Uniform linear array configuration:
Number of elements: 32
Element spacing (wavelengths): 0.75
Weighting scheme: uniform
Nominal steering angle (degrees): -15
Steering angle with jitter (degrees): -16.731
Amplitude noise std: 0.05
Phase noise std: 0.05

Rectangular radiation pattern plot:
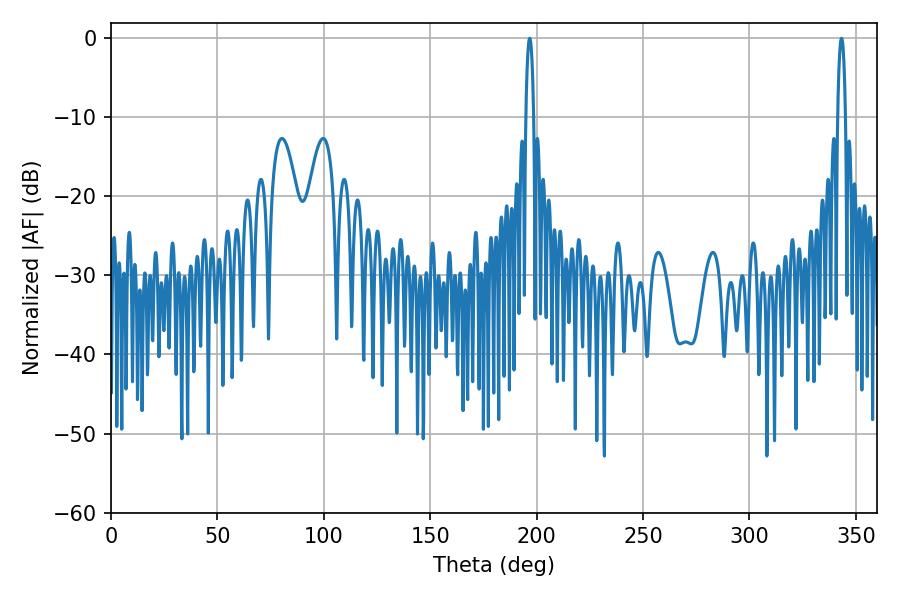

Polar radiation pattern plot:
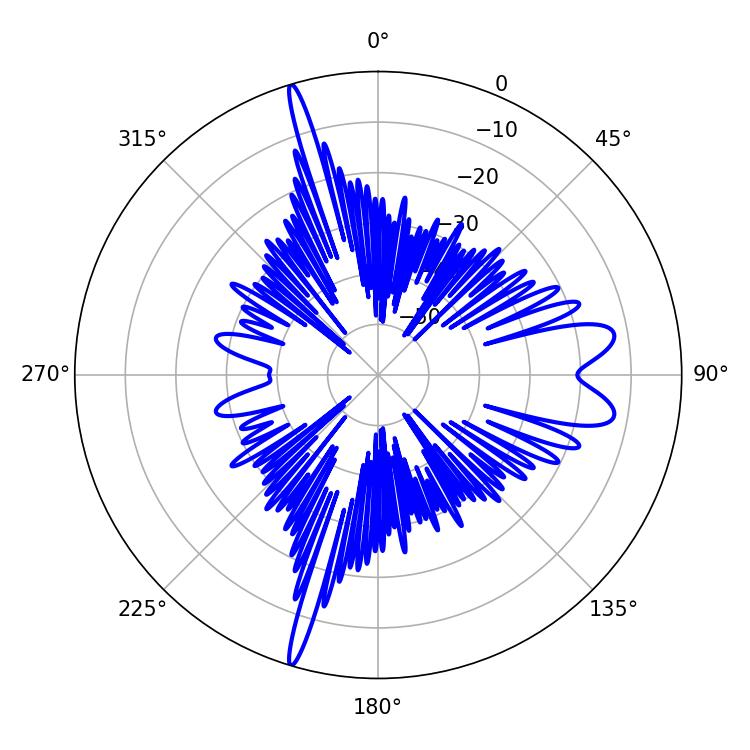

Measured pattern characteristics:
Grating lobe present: TRUE
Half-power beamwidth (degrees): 2.16
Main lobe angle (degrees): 196.74